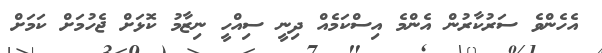
އެހެންވެ ސަރުކާރުން އެންމެ އިސްކަމެއް ދިނީ ސިއްހީ ނިޒާމު ކޮޅަށް ޖެހުމަށް ކަމަށް